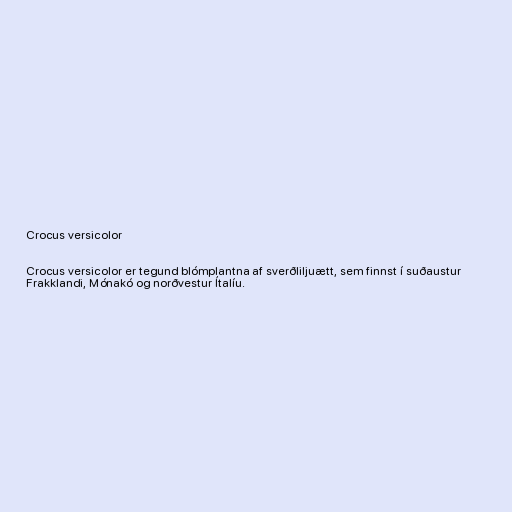
Crocus versicolor

Crocus versicolor er tegund blómplantna af sverðliljuætt, sem finnst í suðaustur
Frakklandi, Mónakó og norðvestur Ítalíu.